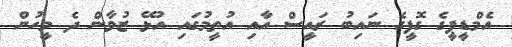
އެމްޑީޕީގެ ގޮފީގެ ނައިބު ރައީސް އާއި އުތީމުގައި އުޅޭ ޒުވާން ދެ މީހުން